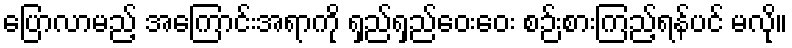
ပြောလာမည့် အကြောင်းအရာကို ရှည်ရှည်ဝေးဝေး စဉ်းစားကြည့်ရန်ပင် မလို။